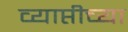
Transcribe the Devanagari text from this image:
व्याप्तीच्या